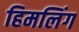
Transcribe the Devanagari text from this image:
हिमलिंग